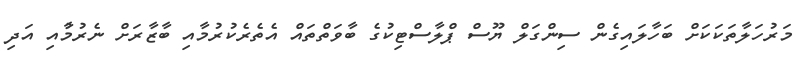
މަރުހަލާތަކަކަށް ބަހާލައިގެން ސިންގަލް ޔޫސް ޕްލާސްޓިކުގެ ބާވަތްތައް އެތެރެކުރުމާއި ބާޒާރަށް ނެރުމުާއި އަދި